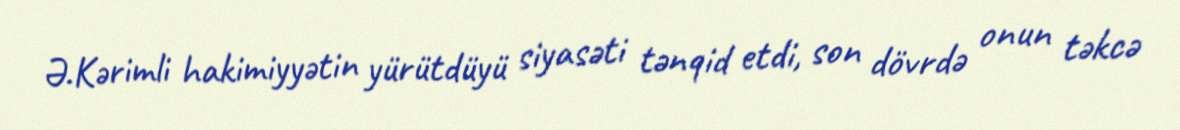
Ə.Kərimli hakimiyyətin yürütdüyü siyasəti tənqid etdi, son dövrdə onun təkcə